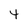
Character: 4